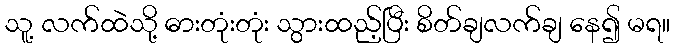
သူ့ လက်ထဲသို့ ဓားတုံးတုံး သွားထည့်ပြီး စိတ်ချလက်ချ နေ၍ မရ။